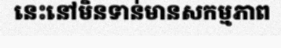
នេះនៅមិនទាន់មានសកម្មភាព